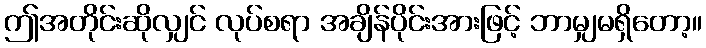
ဤအတိုင်းဆိုလျှင် လုပ်စရာ အချိန်ပိုင်းအားဖြင့် ဘာမျှမရှိတော့။